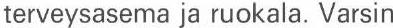
terveysasema ja ruokala. Varsin